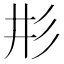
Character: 𢒈